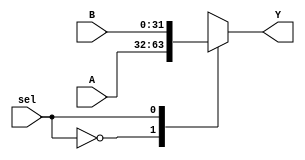
module multiplexer(
    input [31:0] A,
    input [31:0] B,
    output [31:0] Y,
    input sel
    );

    always @(A or B or sel) begin
        case(sel)
            0: Y <= A;
            1: Y <= B;
        endcase
    end
endmodule